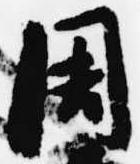
周